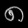
Digit: ၈